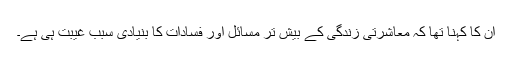
ان کا کہنا تھا کہ معاشرتی زندگی کے بیش تر مسائل اور فسادات کا بنیادی سبب غیبت ہی ہے۔